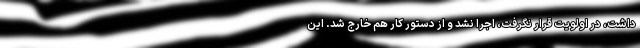
داشت، در اولویت قرار نگرفت، اجرا نشد و از دستور کار هم خارج شد. این